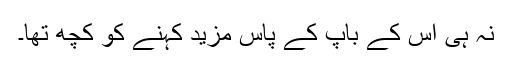
نہ ہی اس کے باپ کے پاس مزید کہنے کو کچھ تھا۔